Riigikantselei, lk 25
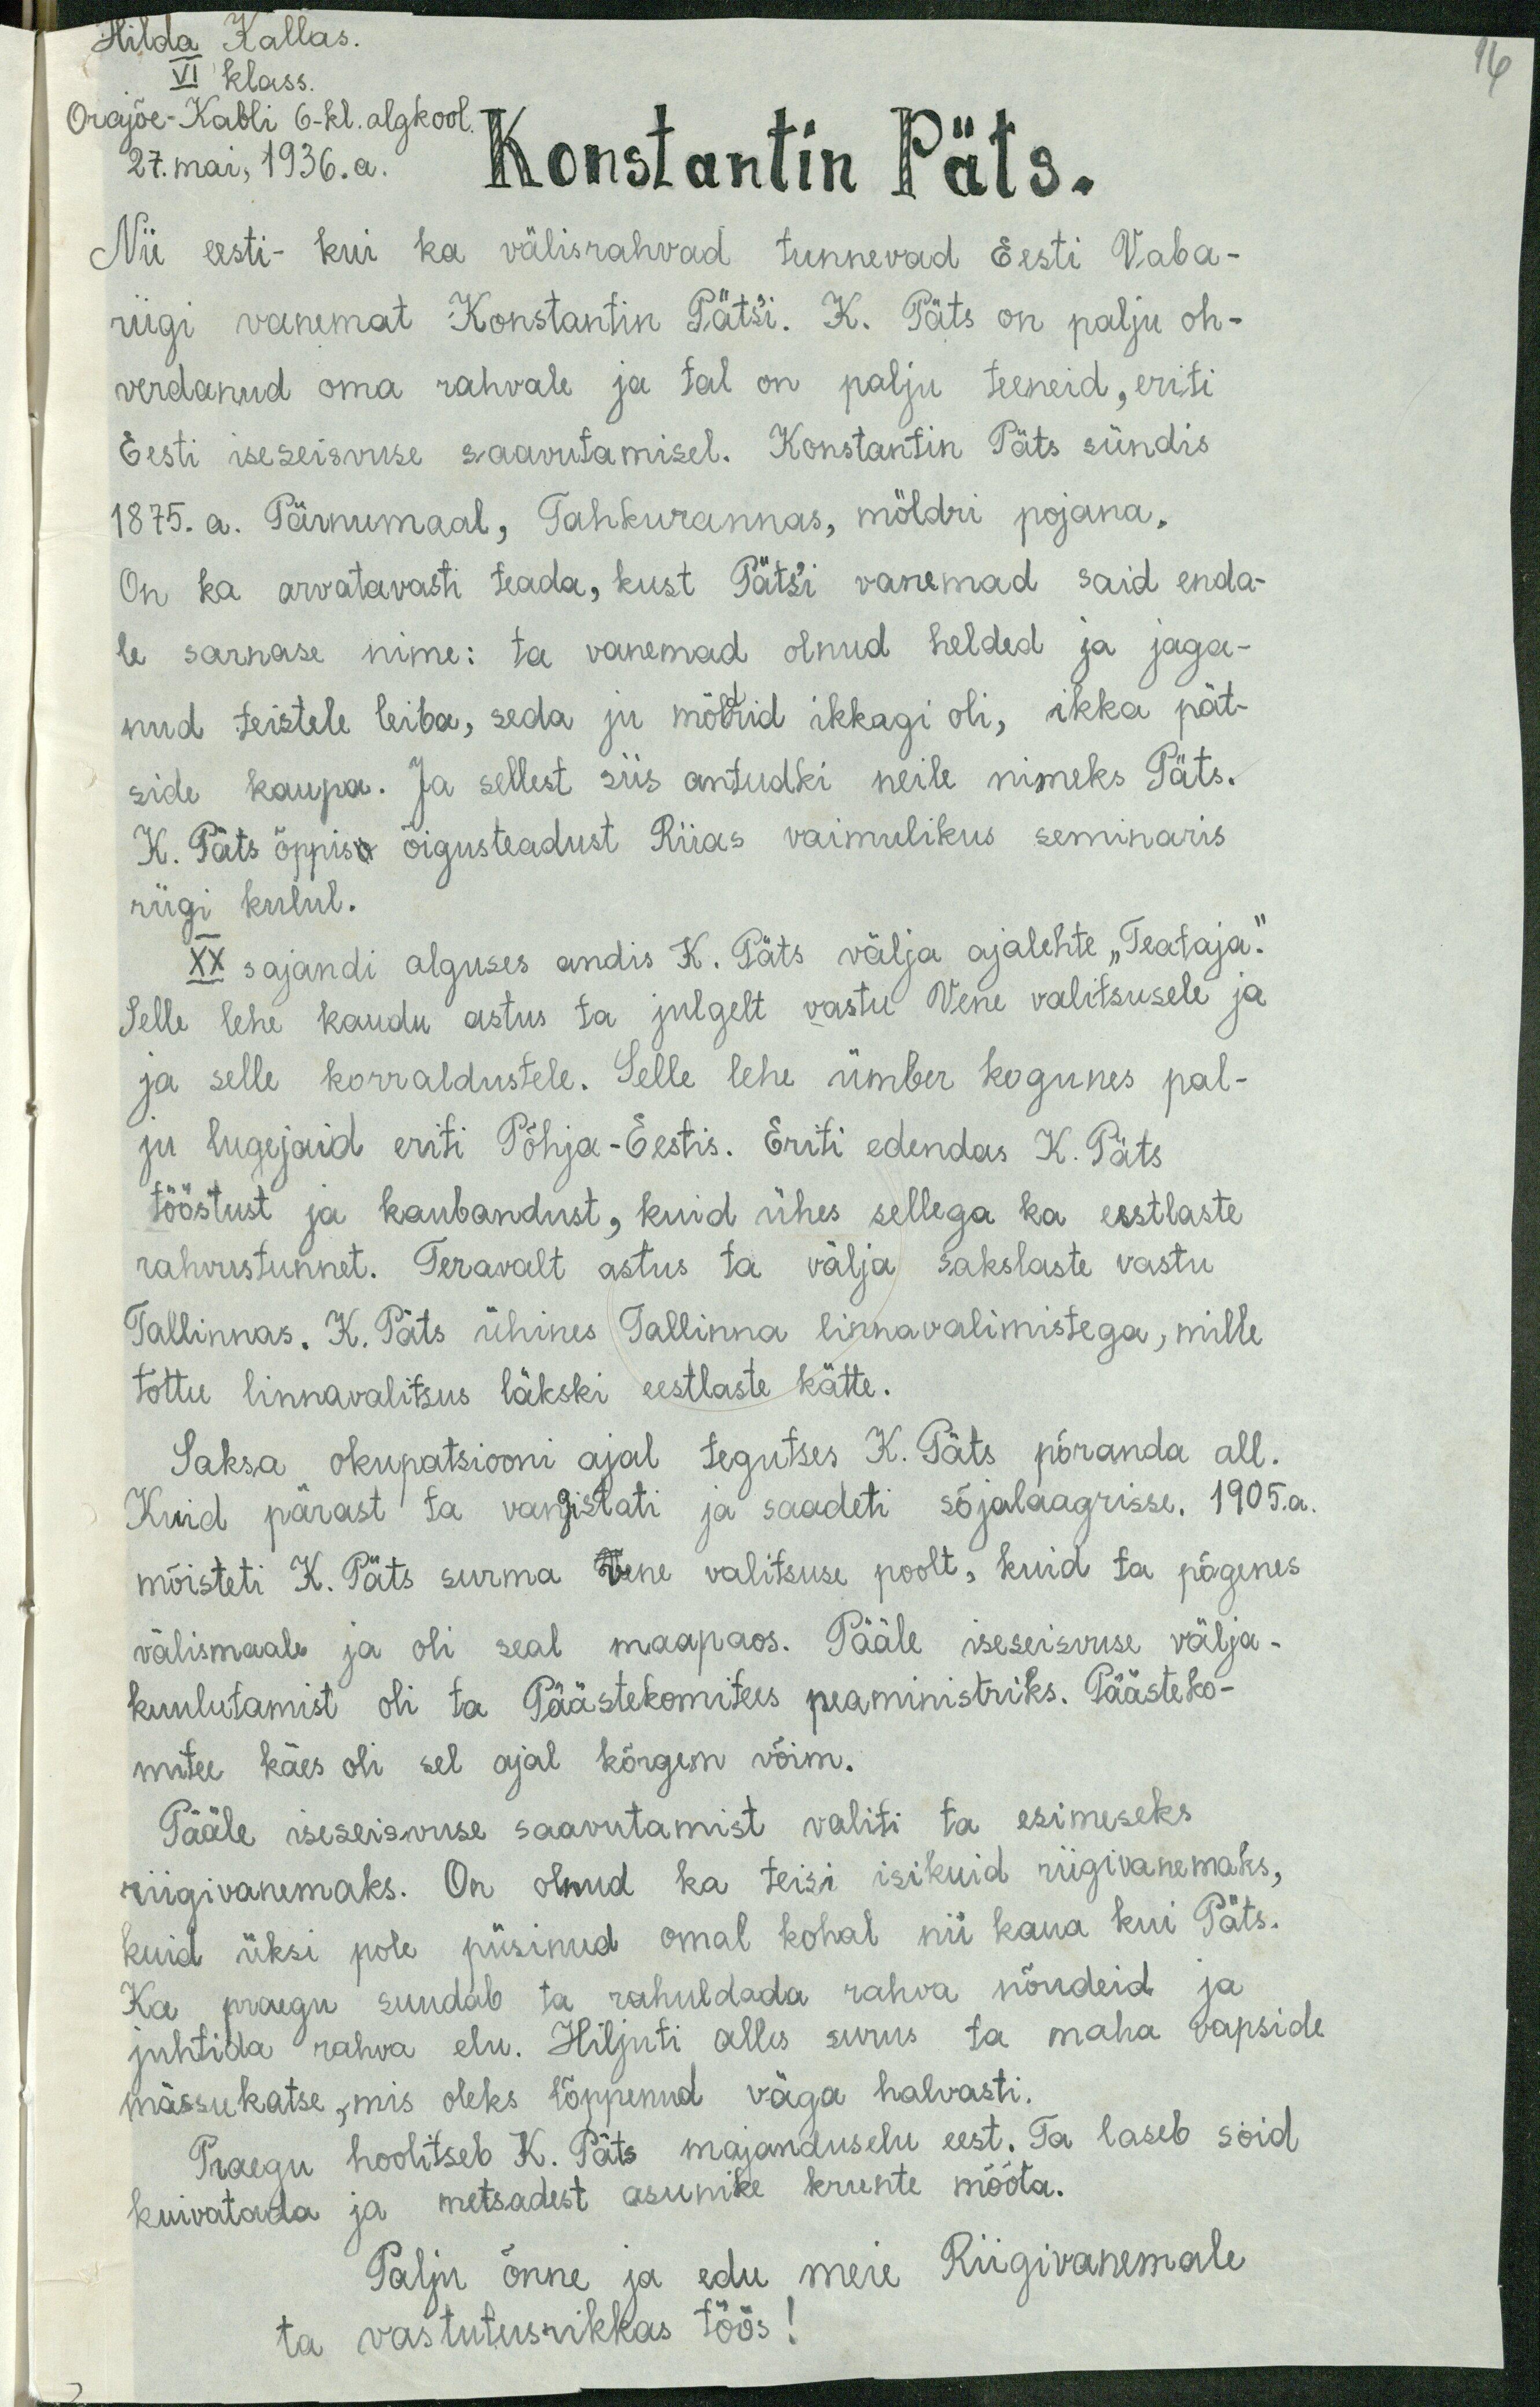
Hilda Kallas
VI klass
Orajõe-Kabli 6-kl. algkool
27. mai, 1936. a.
Konstantin Päts.
Nii eesti- kui ka välisrahvad tunnevad Eesti Vaba-
riigi vanemat Konstantin Pätsi. K. Päts on palju oh-
verdanud oma rahvale ja tal on palju teeneid, eriti
Eesti iseseisvuse saavutamisel. Konstantin Päts sündis
1875. a. Pärnumaal, Tahkurannas, möldri pojana.
On ka arvatavasti teada, kust Pätsi vanemad said enda-
le sarnase nime: ta vanemad olnud helded ja jaga-
nud teistele leiba, seda ju möldrid ikkagi oli, ikka pät-
side kaupa. Ja sellest siis antudki neile nimeks Päts.
K. Päts õppise õigusteadust Riias vaimulikus seminaris
riigi kulul.
XX sajandi alguses andis K. Päts välja ajalehte "Teataja."
Selle lehe kaudu astus ta julgelt vastu Vene valitsusele ja
ja selle korraldustele. Selle lehe ümber kogunes pal-
ju lugejaid eriti Põhja-Eestis. Eriti edendas K. Päts
tööstust ja kaubandust, kuid ühes sellega ka eestlaste
rahvustunnet. Teravalt astus ta välja sakslaste vastu
Tallinnas. K. Päts ühines Tallinna linnavalimistega, mille
tõttu linnavalitsus läkski eestlaste kätte.
Saksa okupatsiooni ajal tegutses K. Päts põranda all.
Kuid pärast ta vangistati ja saadeti sõjalaagrisse. 1905.a
mõisteti K. Päts surma Vene valitsuse poolt, kuid ta põgenes
välismaale ja oli seal maapaos. Pääle iseseisvuse välja-
kuulutamist oli ta Päästekomitees peaministriks. Päästeko-
mitee käes oli sel ajal kõrgem võim.
Pääle iseseisvuse saavutamist valiti ta esimeseks
riigivanemaks. On olnud ka teisi isikuid riigivanemaks,
kuid üksi pole püsinud omal kohal nii kaua kui Päts.
Ka praegu suudab ta rahuldada rahva nõudeid ja
juhtida rahva elu. Hiljuti alles surus ta maha vapside
mässukatse, mis oleks lõppenud väga halvasti.
Praegu hoolitseb K. Päts majanduselu eest. Ta laseb soid
kuivatada ja metsadest asunike krunte mõõta.
Palju õnne ja edu meie Riigivanemale
ta vastutusrikkas töös!

16